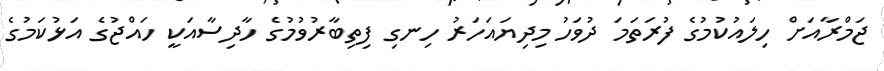
ޖަމްރާއަށް ހިލައުކުމުގެ ފުރަތަމަ ދުވަހު މިދިޔައަހަރު ހިނގި ފިތިބާރުވުމުގެ ހާދިސާއަކީ ހައްޖުގެ އަޅުކަމުގެ